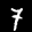
Label: 7